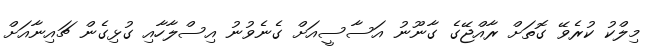
މިލްކު ކުރެވޭ ގޮތަށް ރާއްޖޭގެ ގާނޫނު އަސާސީއަށް ގެނެވުނު އިސްލާހާއި ގުޅިގެން ޗައިނާއަށް